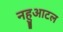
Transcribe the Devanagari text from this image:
नहुआटल